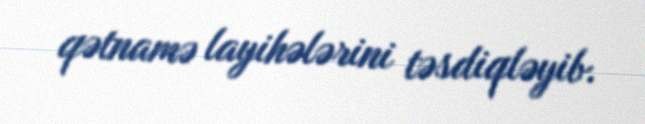
qətnamə layihələrini təsdiqləyib.